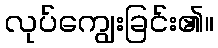
လုပ်ကျွေးခြင်း၏။